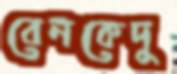
বেনকেদু